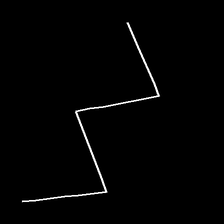
Glyph: crush